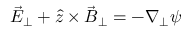
\vec { E } _ { \perp } + \hat { z } \times \vec { B } _ { \perp } = - \nabla _ { \perp } \psi